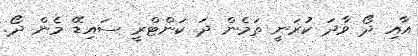
އާއި ދޯ ވާދަ ކުރަނީ ތަމެން ދަ ކަންޓްރީ ސައިޑޭ މެން ދޯ.